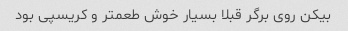
بیکن روی برگر قبلا بسیار خوش طعمتر و کریسپی بود